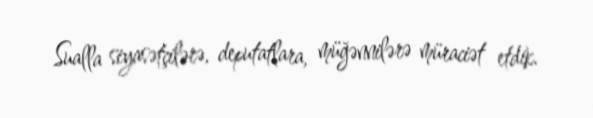
Sualla siyasətçilərə, deputatlara, müğənnilərə müraciət etdik.